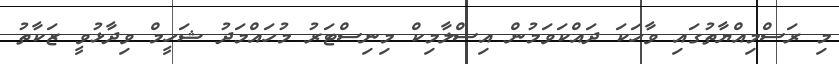
މި ރަސްމިއްޔާތުގައި ވާހަކަ ދައްކަވަމުން އިސްލާމިކް މިނިސްޓަރު މުހައްމަދު ޝަހީމް ވިދާޅުވީ ޒަކާތު